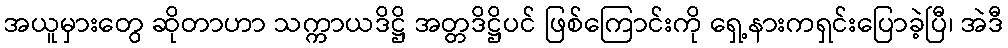
အယူမှားတွေ ဆိုတာဟာ သက္ကာယဒိဋ္ဌိ အတ္တဒိဋ္ဌိပင် ဖြစ်ကြောင်းကို ရှေ့နားကရှင်းပြောခဲ့ပြီ၊ အဲဒီ